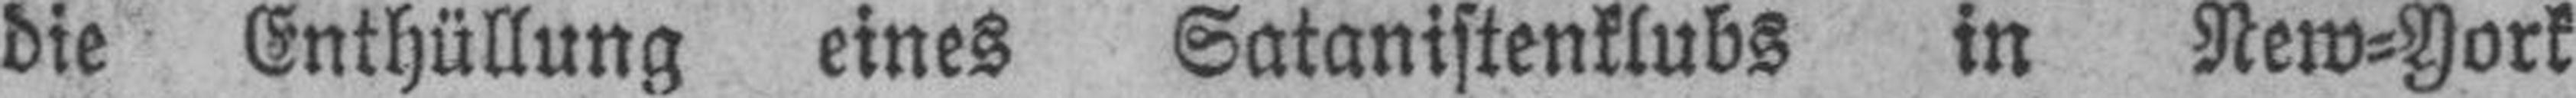
die Enthüllung eines Satanistenklubs in New=York